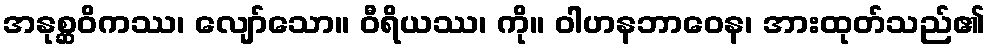
အနုစ္ဆဝိကဿ၊ လျော်သော။ ဝီရိယဿ၊ ကို။ ဝါဟနဘာဝေန၊ အားထုတ်သည်၏